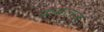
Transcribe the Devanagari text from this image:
कमलज